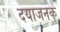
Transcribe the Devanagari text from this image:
दयाजनक